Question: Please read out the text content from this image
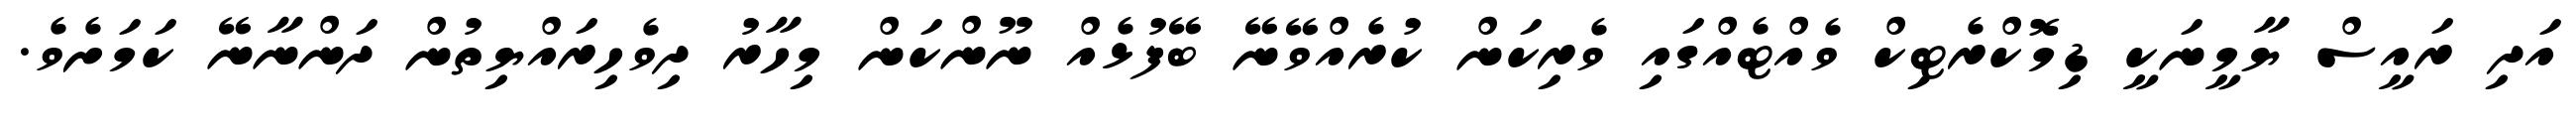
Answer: އަދި ރައީސް ޔާމީނަކީ ޑިމޮކްރެޓިކް ވެއްޓެއްގައި ވެރިކަން ކުރެއްވޭނޭ ބޭފުޅެއް ނޫންކަން މިހާރު ދިވެހިރައްޔިތުން ދަންނާނޭ ކަމަށެވެ.